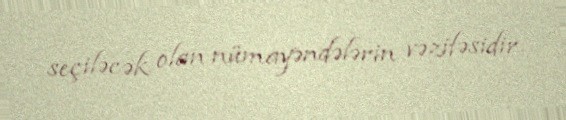
seçiləcək olan nümayəndələrin vəzifəsidir.